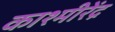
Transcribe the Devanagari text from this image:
काश्मीरेंद्र